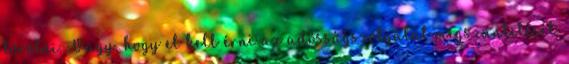
törölni. Vagy, hogy el kell érni az adósságszolgálat megszüntetését.